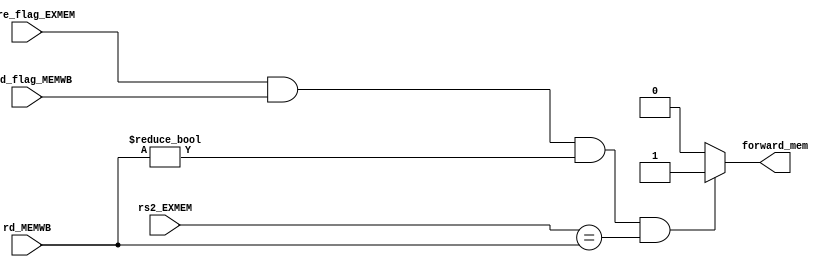
`timescale 1ns / 1ps

module forward_mem(
    input [4:0] rd_MEMWB,
    input [4:0] rs2_EXMEM,
    input store_flag_EXMEM,
    input load_flag_MEMWB,
    output reg forward_mem
    );
    
    always @(*) begin
    
        if((store_flag_EXMEM == 1'b1) & (load_flag_MEMWB == 1'b1) & (rd_MEMWB != 5'b00000) & (rs2_EXMEM == rd_MEMWB)) begin
            forward_mem = 1'b1;
        end else begin
            forward_mem = 1'b0;
        end
        
    end
    
endmodule